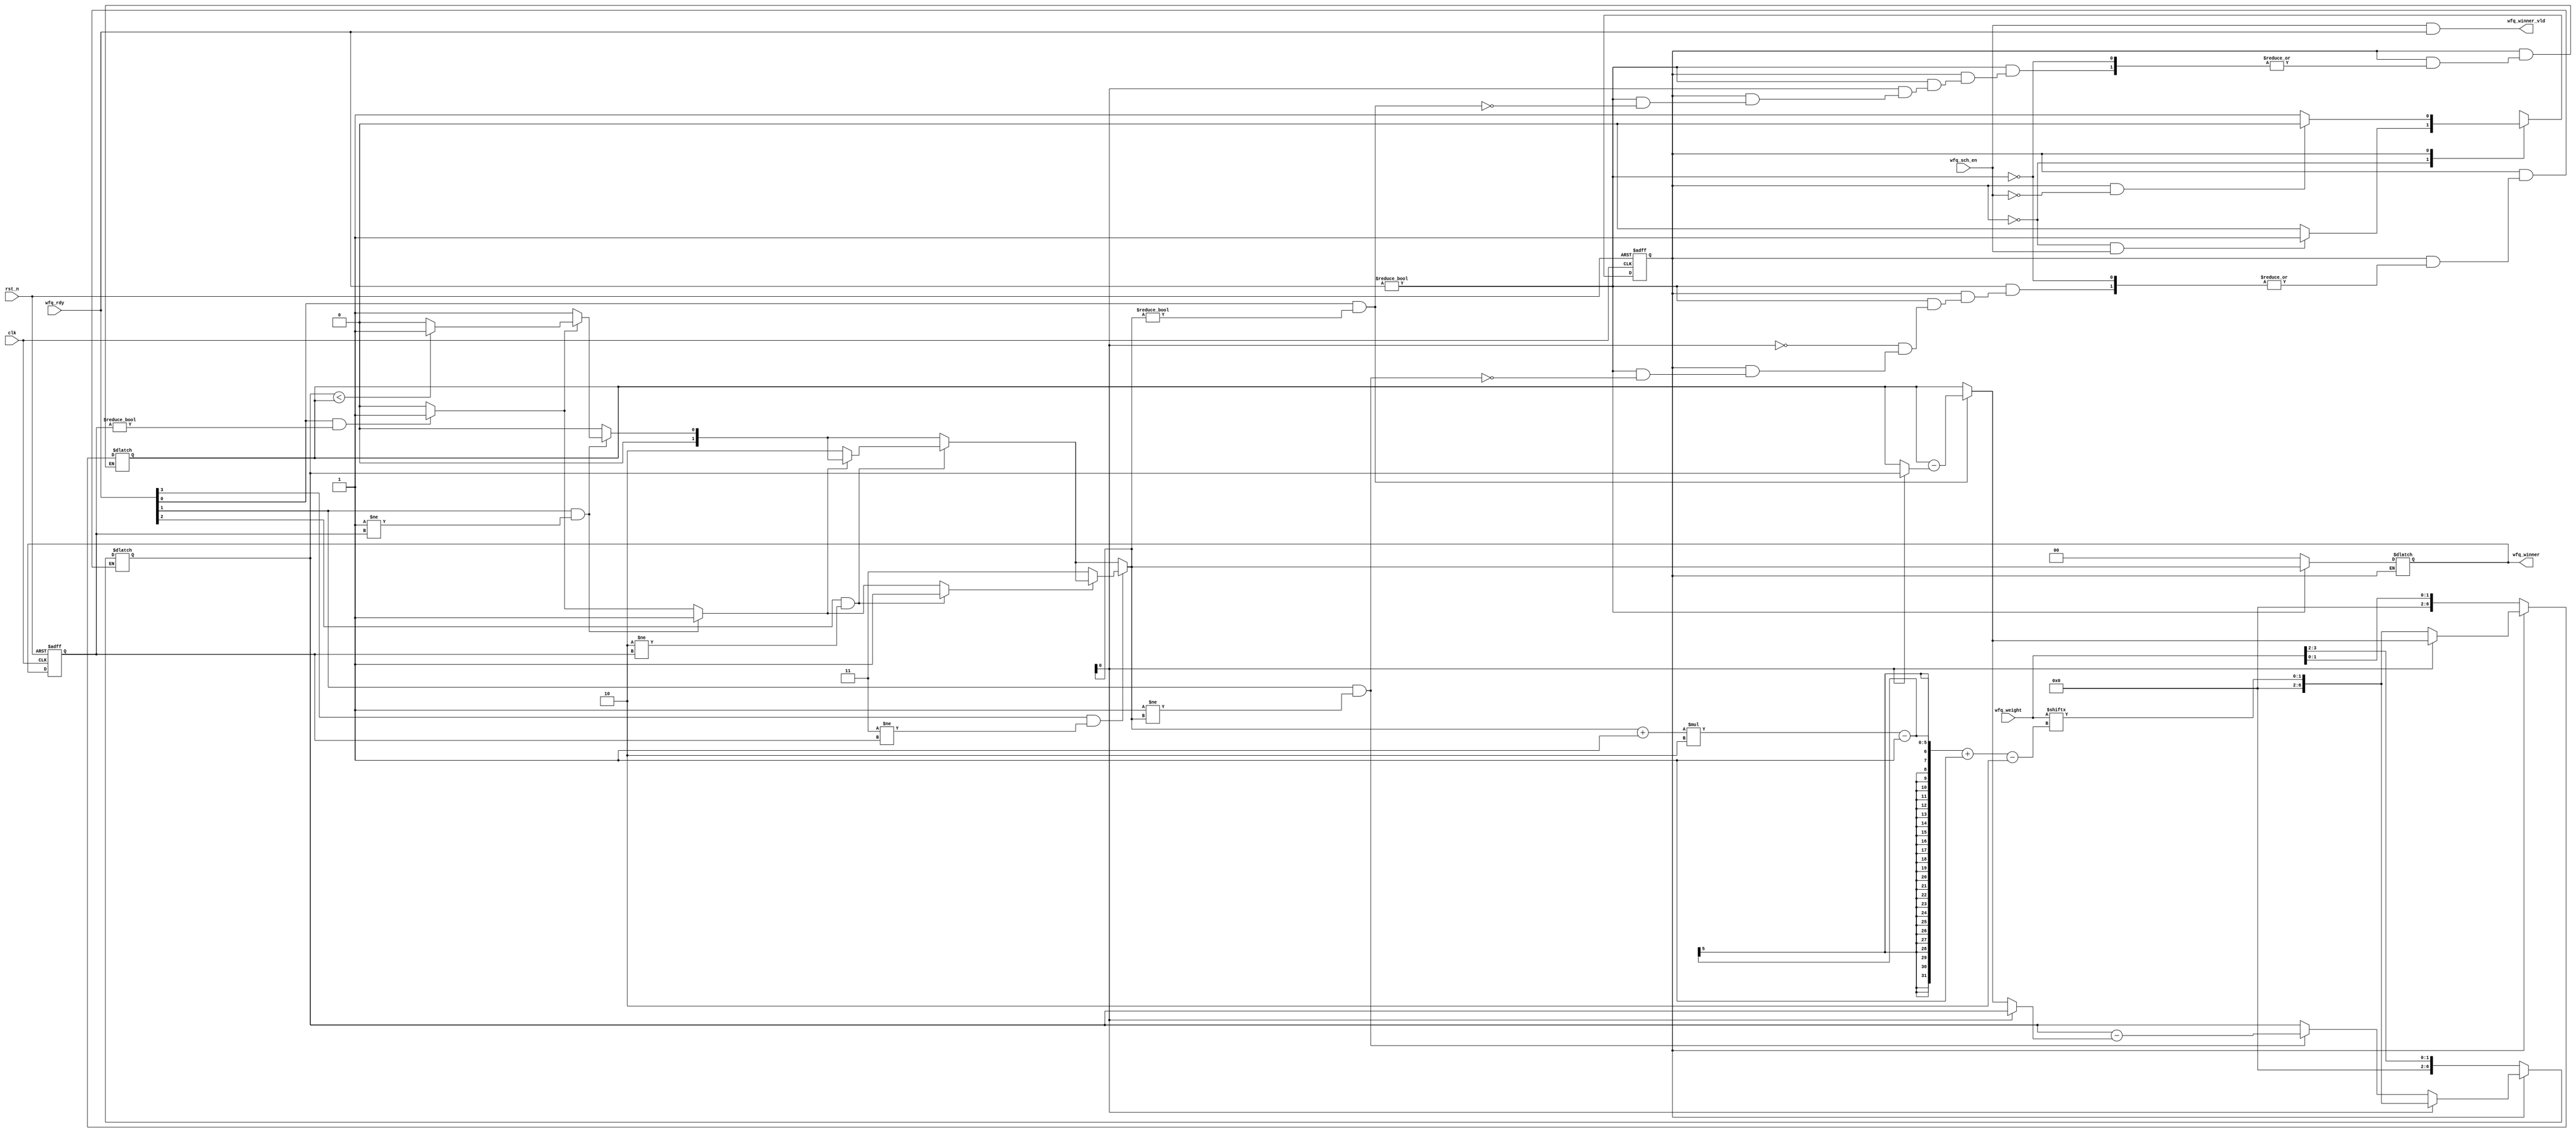
module wfq_sched #(
    parameter QUEUE_WEIGHT_WIDTH = 7,
    parameter QUEUE_NUM_WIDTH = 2,
    parameter QUEUE_NUM = 2**QUEUE_NUM_WIDTH
)(
    input clk,
    input rst_n,

    input [QUEUE_NUM*QUEUE_WEIGHT_WIDTH-1:0] wfq_weight,
    input [QUEUE_NUM-1:0] wfq_rdy,
    input wfq_sch_en,

    output wfq_winner_vld,
    output [QUEUE_NUM_WIDTH-1:0] wfq_winner
    );

localparam IDLE = 1'b0,
           SELECT = 1'b1;

reg [QUEUE_WEIGHT_WIDTH-1:0] tmp_weight [0:QUEUE_NUM_WIDTH-1];
reg state_c, state_n;

always @ (posedge clk or negedge rst_n) begin
    if (!rst_n) begin
        state_c<= IDLE;
    end
    else begin
        state_c <= state_n;
    end
end

always @ (*) begin
    case(state_c)
        IDLE: begin
            if (i2s_start) begin
                state_n = SELECT;
            end
            else begin
                state_n = state_c;
            end
        end
        SELECT: begin
            if (s2i_start) begin
                state_n = IDLE;
            end
            else begin
                state_n = state_c;
            end
        end
        default: begin
            state_n = IDLE;
        end
    endcase
end


assign i2s_start = state_c == IDLE && wfq_sch_en;
assign s2i_start = state_c == SELECT && !wfq_sch_en;

reg [QUEUE_NUM_WIDTH-1:0] min_weight_idx, pre_min_idx, q_idx;
reg init_min_idx;
// Select the queue with minimum weight and update its weight
always @ (*) begin
    case(state_c)
        IDLE: begin
            for (q_idx = 0; q_idx < QUEUE_NUM; q_idx = q_idx + 1) begin
                tmp_weight[q_idx] = wfq_weight[((q_idx + 1) * QUEUE_NUM_WIDTH - 1) -:QUEUE_NUM_WIDTH];
            end
        end
        SELECT: begin
            init_min_idx = 0;
            min_weight_idx = 0;
            if (wfq_rdy) begin
                // Select the queue with minimum weight, excluding the non-ready ones and previous chosen one
                for (q_idx = 0; q_idx < QUEUE_NUM; q_idx = q_idx + 1) begin
                    if (wfq_rdy[q_idx] && q_idx != pre_min_idx) begin
                        if (!init_min_idx) begin
                            min_weight_idx = q_idx;
                            init_min_idx = 1;
                        end
                        else if (tmp_weight[q_idx] < tmp_weight[min_weight_idx])
                            min_weight_idx = q_idx;
                    end
                end

                // Update the weight of all ready queues
                for (q_idx = 0; q_idx < QUEUE_NUM; q_idx = q_idx + 1) begin
                    if (wfq_rdy[q_idx] && q_idx != min_weight_idx) begin
                        tmp_weight[q_idx] = tmp_weight[q_idx] - tmp_weight[min_weight_idx];
                    end
                end

                // Update the weight of the minimum weight queue
                tmp_weight[min_weight_idx] = wfq_weight[((min_weight_idx + 1) * QUEUE_NUM_WIDTH - 1) -:QUEUE_NUM_WIDTH];
            end
        end
        default: ;
    endcase
end

always @ (posedge clk or negedge rst_n) begin
    if (!rst_n) begin
        pre_min_idx <= 0;
    end
    else
        pre_min_idx <= min_weight_idx;
end

assign wfq_winner = min_weight_idx;
assign wfq_winner_vld = wfq_sch_en && wfq_rdy;

endmodule